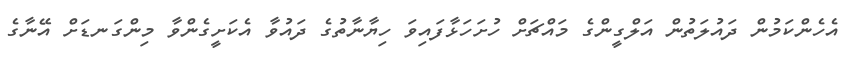
އެހެންކަމުން ދައުލަތުން އަލްގީންގެ މައްޗަށް ހުށަހަޅާފައިވަ ހިޔާނާތުގެ ދައުވާ އެކަށީގެންވާ މިންގަނޑަށް އޭނާގެ